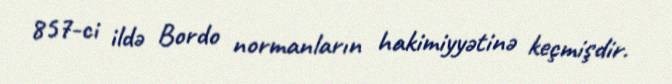
857-ci ildə Bordo normanların hakimiyyətinə keçmişdir.